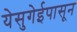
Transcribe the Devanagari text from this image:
येसुगेईपासून